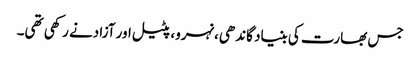
جس بھارت کی بنیاد گاندھی،نہرو، پٹیل اور آزادنے رکھی تھی۔